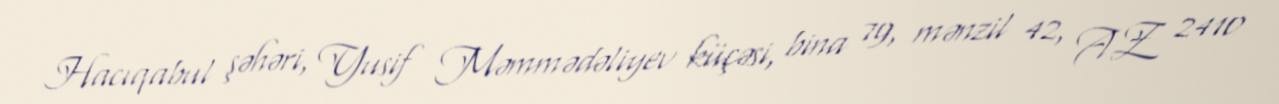
Hacıqabul şəhəri, Yusif Məmmədəliyev küçəsi, bina 79, mənzil 42, AZ 2410